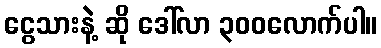
ငွေသားနဲ့ ဆို ဒေါ်လာ ၃၀၀လောက်ပါ။